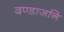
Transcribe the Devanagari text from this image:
दण्डाजनि